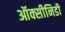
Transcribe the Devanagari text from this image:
ऑक्सीनिडी